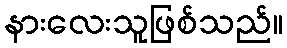
နားလေးသူဖြစ်သည်။